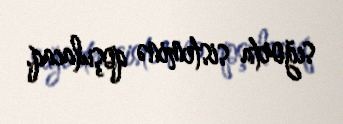
sığorta sisteminə qoşulacaq.